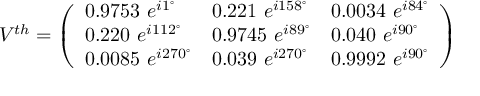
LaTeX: V ^ { t h } = \left( \begin{array} { l l l } { { 0 . 9 7 5 3 ~ e ^ { i 1 ^ { \circ } } } } & { { 0 . 2 2 1 ~ e ^ { i 1 5 8 ^ { \circ } } } } & { { 0 . 0 0 3 4 ~ e ^ { i 8 4 ^ { \circ } } } } \\ { { 0 . 2 2 0 ~ e ^ { i 1 1 2 ^ { \circ } } } } & { { 0 . 9 7 4 5 ~ e ^ { i 8 9 ^ { \circ } } } } & { { 0 . 0 4 0 ~ e ^ { i 9 0 ^ { \circ } } } } \\ { { 0 . 0 0 8 5 ~ e ^ { i 2 7 0 ^ { \circ } } } } & { { 0 . 0 3 9 ~ e ^ { i 2 7 0 ^ { \circ } } } } & { { 0 . 9 9 9 2 ~ e ^ { i 9 0 ^ { \circ } } } } \end{array} \right)